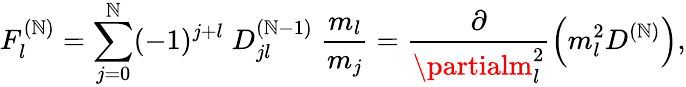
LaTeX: F_{l}^{(\mathbb{N})}=\sum_{j=0}^{\mathbb{N}}(-1)^{j+l}\; D_{jl}^{(\mathbb{N}-1)}\; \frac{{m_{l}}}{{m_{j}}}=\frac{{\partial}}{{\partialm_{l}^{2}}}\left(m_{l}^{2}D^{(\mathbb{N})}\right),